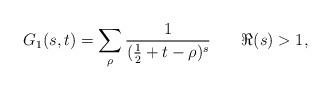
LaTeX: \begin{align*}G_{1}(s,t)=\sum_{\rho}\frac{1}{(\frac{1}{2}+t-\rho)^{s}}\,\,\,\,\,\,\,\,\,\,\, \Re(s)>1,\end{align*}